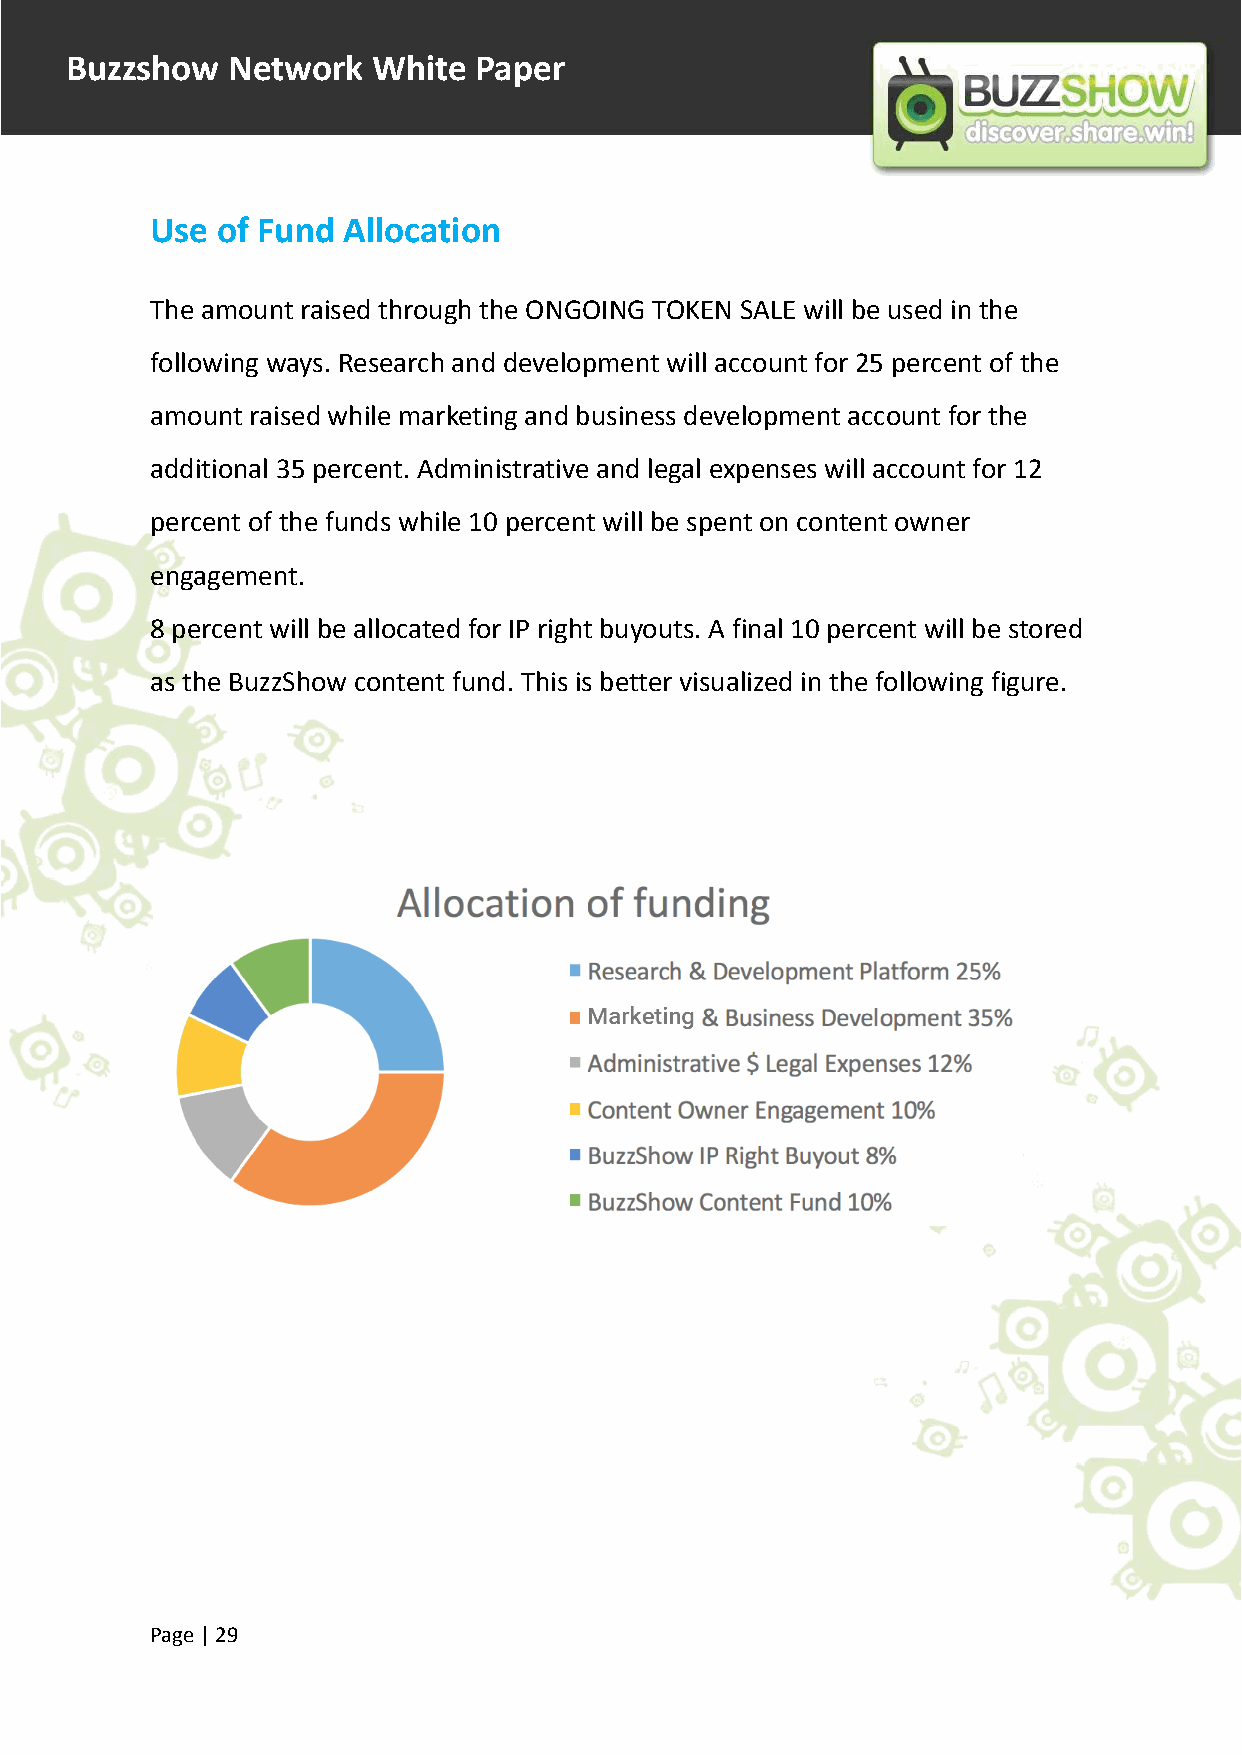
Buzzshow   Network   White Paper
 Use of Fund  Allocation
 The amount raised through the ONGOING TOKEN SALE will be used in the
 following ways. Research and development will account for 25 percent of the
 amount raised while marketing and business development account for the
 additional 35 percent. Administrative and legal expenses will account for 12
 percent of the funds while 10 percent will be spent on content owner
 engagement.
 8 percent will be allocated for IP right buyouts. A final 10 percent will be stored
 as the BuzzShow content fund. This is better visualized in the following figure.
 Page |29